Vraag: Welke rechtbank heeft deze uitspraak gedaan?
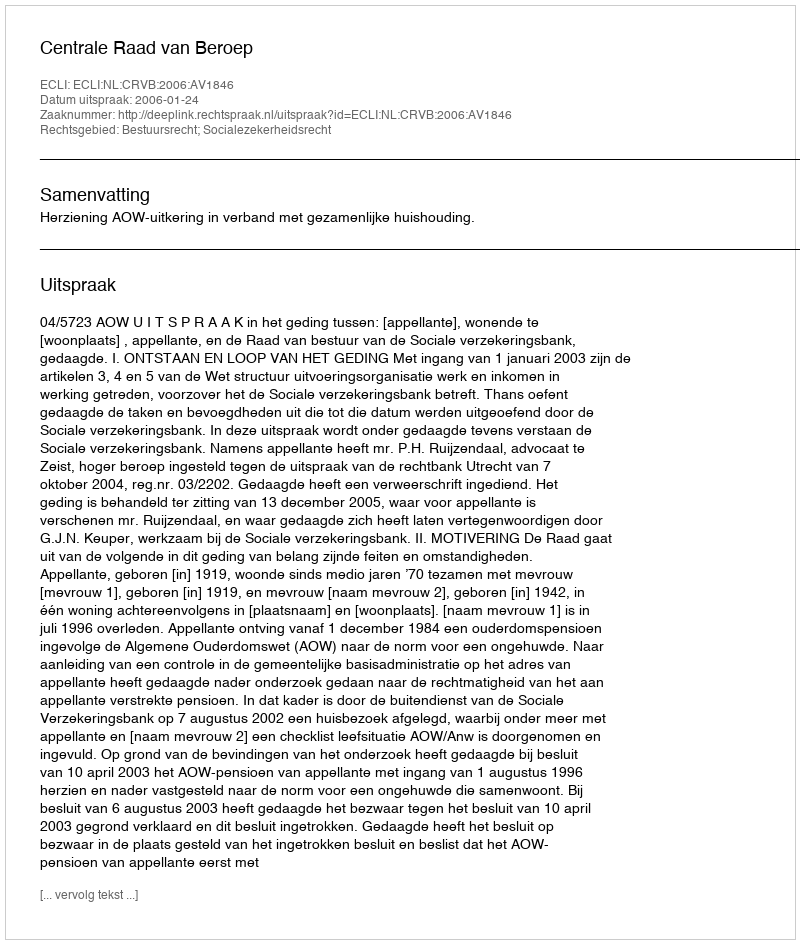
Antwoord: Centrale Raad van Beroep